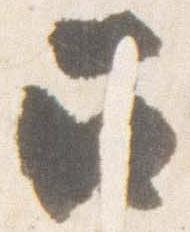
召